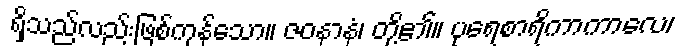
ရှိသည်လည်းဖြစ်ကုန်သော။ ဇဝနာနံ၊ တို့၏။ ပုရေစာရိကာကာလေ၊